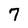
Character: 7